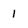
Character: l